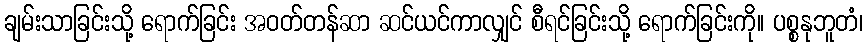
ချမ်းသာခြင်းသို့ ရောက်ခြင်း အဝတ်တန်ဆာ ဆင်ယင်ကာလျှင် စီရင်ခြင်းသို့ ရောက်ခြင်းကို။ ပစ္စနုဘူတံ၊